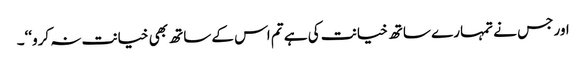
اور جس نے تمہارے ساتھ خیانت کی ہے تم اس کے ساتھ بھی خیانت نہ کرو‘‘۔